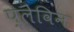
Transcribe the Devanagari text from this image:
प्लेविन